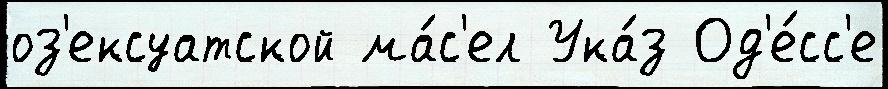
оз'ексуатской ма́с'ел Ука́з Од'е́сс'е